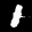
Label: 1